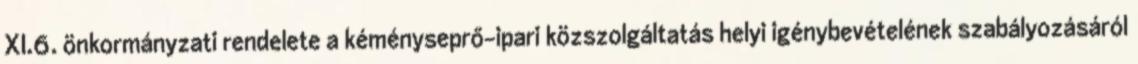
XI.6. önkormányzati rendelete a kéményseprő-ipari közszolgáltatás helyi igénybevételének szabályozásáról